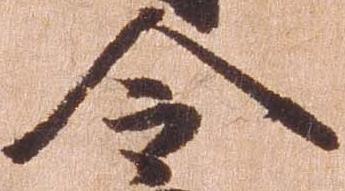
令